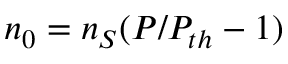
n _ { 0 } = n _ { S } ( P / P _ { t h } - 1 )